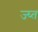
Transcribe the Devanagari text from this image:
ज्घ्त